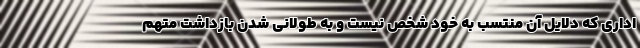
اداری که دلایل آن منتسب به خود شخص نیست و به طولانی شدن بازداشت متهم